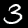
Label: 3